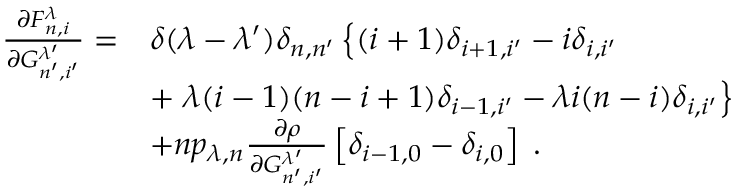
\begin{array} { r l } { \frac { \partial F _ { n , i } ^ { \lambda } } { \partial G _ { n ^ { \prime } , i ^ { \prime } } ^ { \lambda ^ { \prime } } } = } & { \delta ( \lambda - \lambda ^ { \prime } ) \delta _ { n , n ^ { \prime } } \left\lbrace ( i + 1 ) \delta _ { i + 1 , i ^ { \prime } } - i \delta _ { i , i ^ { \prime } } \right. } \\ & { + \left. \lambda ( i - 1 ) ( n - i + 1 ) \delta _ { i - 1 , i ^ { \prime } } - \lambda i ( n - i ) \delta _ { i , i ^ { \prime } } \right\rbrace } \\ & { + n p _ { \lambda , n } \frac { \partial \rho } { \partial G _ { n ^ { \prime } , i ^ { \prime } } ^ { \lambda ^ { \prime } } } \left[ \delta _ { i - 1 , 0 } - \delta _ { i , 0 } \right] \; . } \end{array}